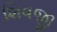
શિવજી